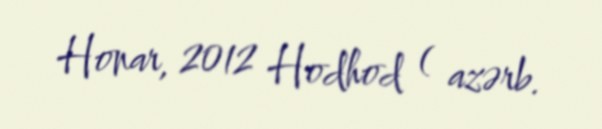
Honar, 2012 Hodhod ( azərb.